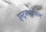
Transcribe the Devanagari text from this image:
इंस्ट्रक्शनअल